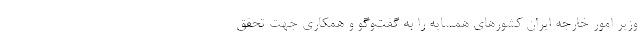
وزیر امور خارجه ایران کشورهای همسایه را به گفت‌وگو و همکاری جهت تحقق